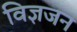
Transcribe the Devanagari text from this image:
विज्ञजन